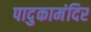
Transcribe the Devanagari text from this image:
पादुकामंदिर